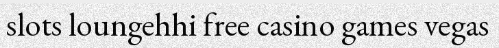
slots loungehhi free casino games vegas